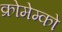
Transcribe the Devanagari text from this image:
क्रोमेम्को